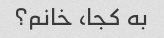
به کجا، خانم؟